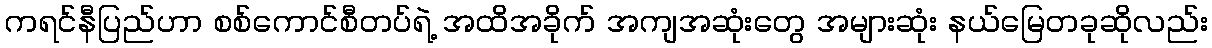
ကရင်နီပြည်ဟာ စစ်ကောင်စီတပ်ရဲ့ အထိအခိုက် အကျအဆုံးတွေ အများဆုံး နယ်မြေတခုဆိုလည်း